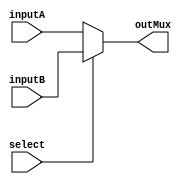
module mux(inputA, inputB, select, outMux);

	input [31:0]inputA, inputB;
	input select;
	output [31:0]outMux;
	
	assign outMux = select ? inputB : inputA;
	
endmodule